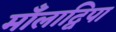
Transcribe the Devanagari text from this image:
माँलाद्विपा